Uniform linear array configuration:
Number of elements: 48
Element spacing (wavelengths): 0.5
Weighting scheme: uniform
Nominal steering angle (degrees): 60
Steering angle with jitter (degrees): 60.183
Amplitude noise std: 0.05
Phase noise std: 0.05

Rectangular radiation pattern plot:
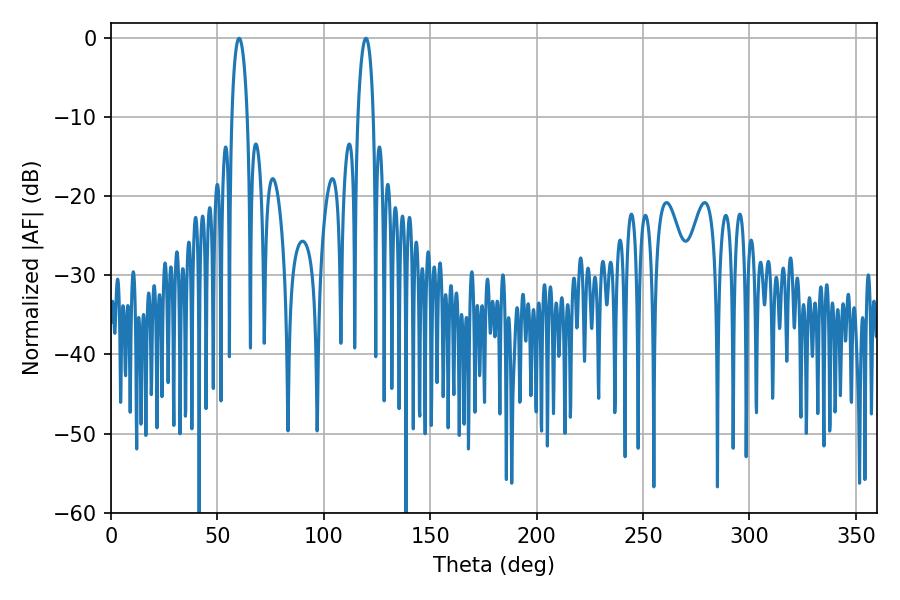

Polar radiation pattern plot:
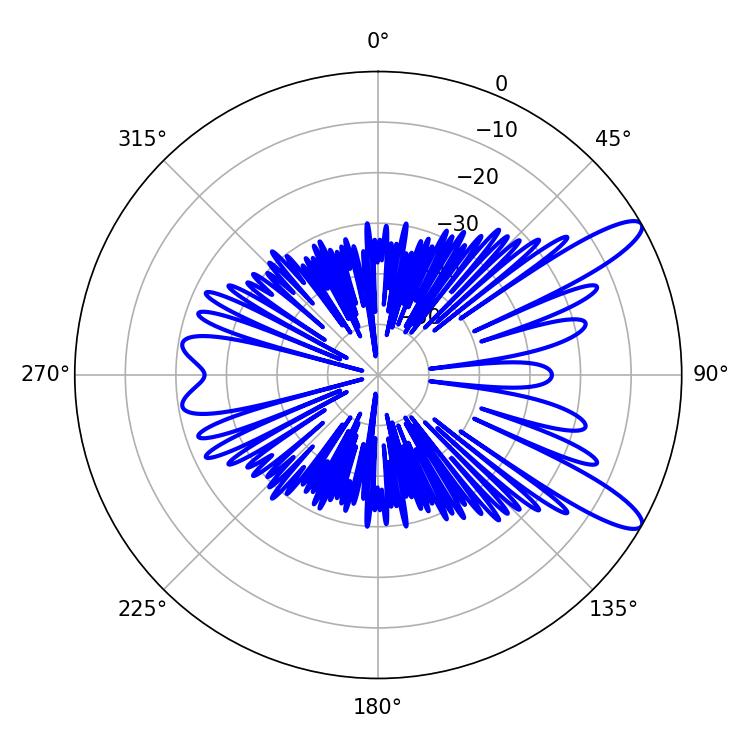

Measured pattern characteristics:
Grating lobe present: FALSE
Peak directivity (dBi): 11.529
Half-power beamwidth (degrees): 4.14
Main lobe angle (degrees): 60.12